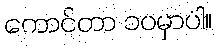
ကောင်တာ ၁၀မှာပါ။